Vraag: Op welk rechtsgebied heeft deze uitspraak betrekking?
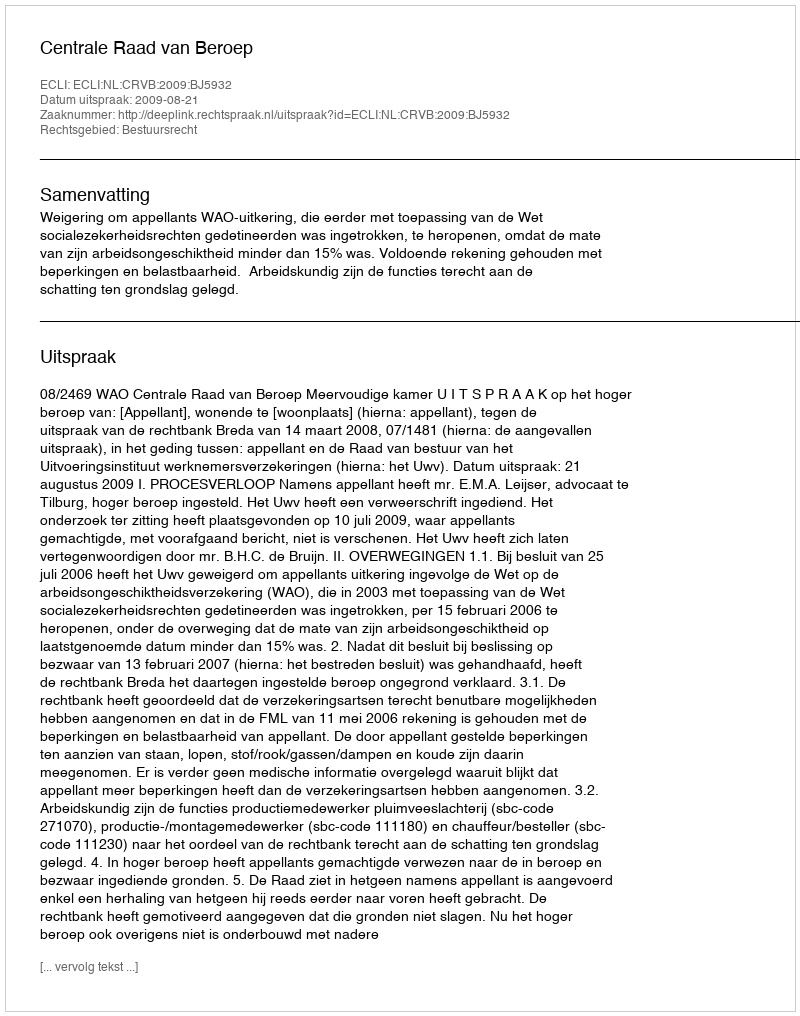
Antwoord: Bestuursrecht